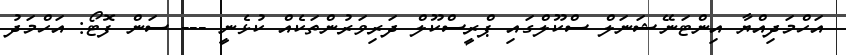
އަހްމަދިއްޔާ އިންޓަނޭޝަނަލް ސްކޫލްގައި ޕްރީސްކޫލް ދަރިވަރުންތަކެއް ކުޅެނީ --- ސަން ފޮޓޯ: އަހްމަދު